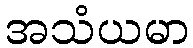
အသံယမာ